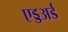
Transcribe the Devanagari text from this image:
एड्डअर्ड